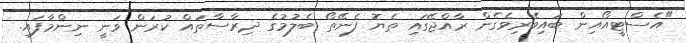
"އެސްޓީއޯއިން ބައިވެރިވެގެން ރާއްޖޭގައި ތެޔޮ ފެނޭތޯ ބެލުމުގެ ދިރާސާތައް ކުރަން ވަނީ ނިންމާފައި.